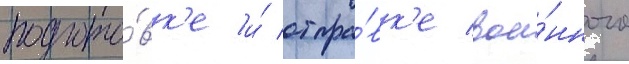
подгото́вк'е и́ отпра́вк'е вое́нного